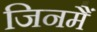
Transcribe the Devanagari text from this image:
जिनमैं